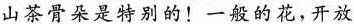
山茶骨朵是特别的！一般的花，开放